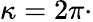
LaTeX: \kappa=2\pi\cdot